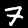
Digit: 7